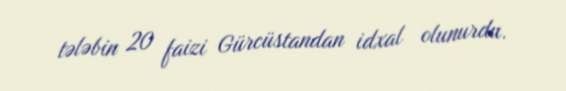
tələbin 20 faizi Gürcüstandan idxal olunurdu.